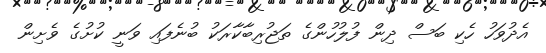
އެދުވަހު ހެކި ބަސް ދިން ފުލުހުންގެ ތަޖުރިބާކާރަކު ބުނެފައި ވަނީ ކުށުގެ ވެށިން